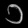
Digit: ၁